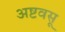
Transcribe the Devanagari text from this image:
अष्टवसू